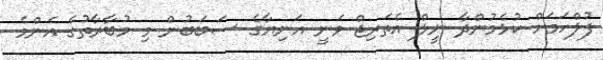
ފުލްހަމަށް ކުޅެމުންދާ ނީލް އެތަރިޖް ވަނީ އަނިޔާގެ ސަބަބުން މި މުބާރާތުގެ އެންމެ